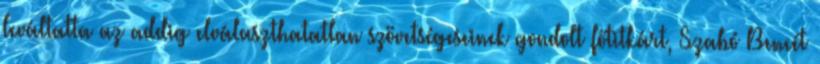
leváltatta az addig elválaszthatatlan szövetségeseinek gondolt főtitkárt, Szabó Bencét